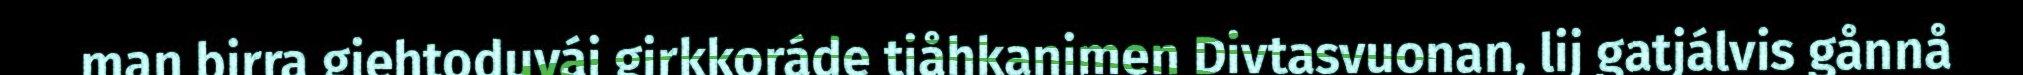
man birra giehtoduváj girkkoráde tjåhkanimen Divtasvuonan, lij gatjálvis gånnå